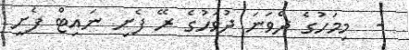
-  މިމަހުގެ ދެވަނަ ދުވަހުގެ ރޭ ފެށި ނައިޓް ފެށީ